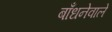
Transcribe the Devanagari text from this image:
बाँधनेवाले